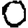
Digit: 0